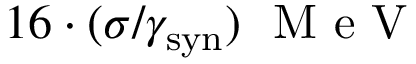
1 6 \cdot ( \sigma / \gamma _ { \mathrm { s y n } } ) ~ \mathrm { ~ M ~ e ~ V ~ }